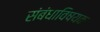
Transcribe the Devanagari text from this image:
संबंधाविषयक